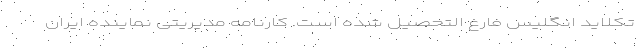
تکلاید انگلیس فارغ التحصیل شده است. کارنامه مدیریتی نماینده ایران